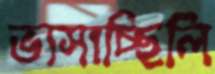
ভাসাচ্ছিলি